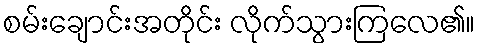
စမ်းချောင်းအတိုင်း လိုက်သွားကြလေ၏။